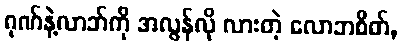
ဂုဏ်နဲ့လာဘ်ကို အလွန်လို လားတဲ့ လောဘစိတ်,